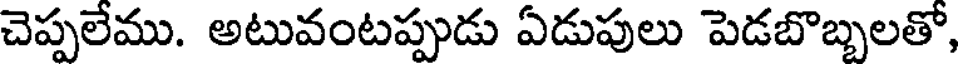
చెప్పలేము. అటువంటప్పుడు ఏడుపులు పెడబొబ్బలతో,